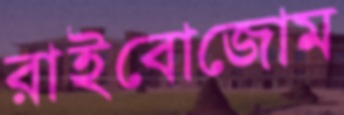
রাইবোজোম